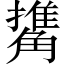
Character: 𧤹